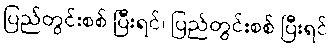
ပြည်တွင်းစစ် ပြီးရင်၊ ပြည်တွင်းစစ် ပြီးရင်